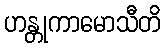
ဟန္တုကာမောသီတိ